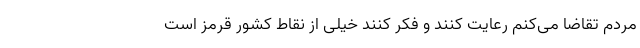
مردم تقاضا می‌کنم رعایت کنند و فکر کنند خیلی از نقاط کشور قرمز است